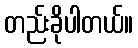
တည်းခိုပါတယ်။